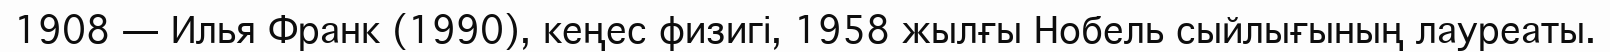
1908 — Илья Франк (1990), кеңес физигі, 1958 жылғы Нобель сыйлығының лауреаты.